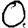
Digit: 0